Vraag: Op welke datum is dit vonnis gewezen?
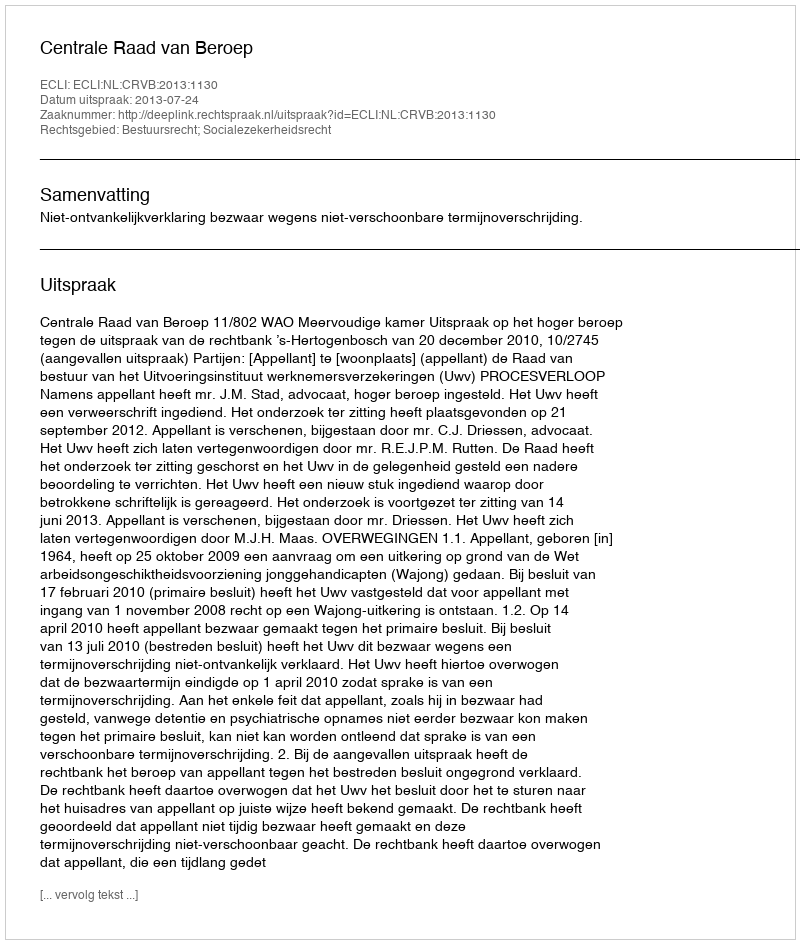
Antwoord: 2013-07-24